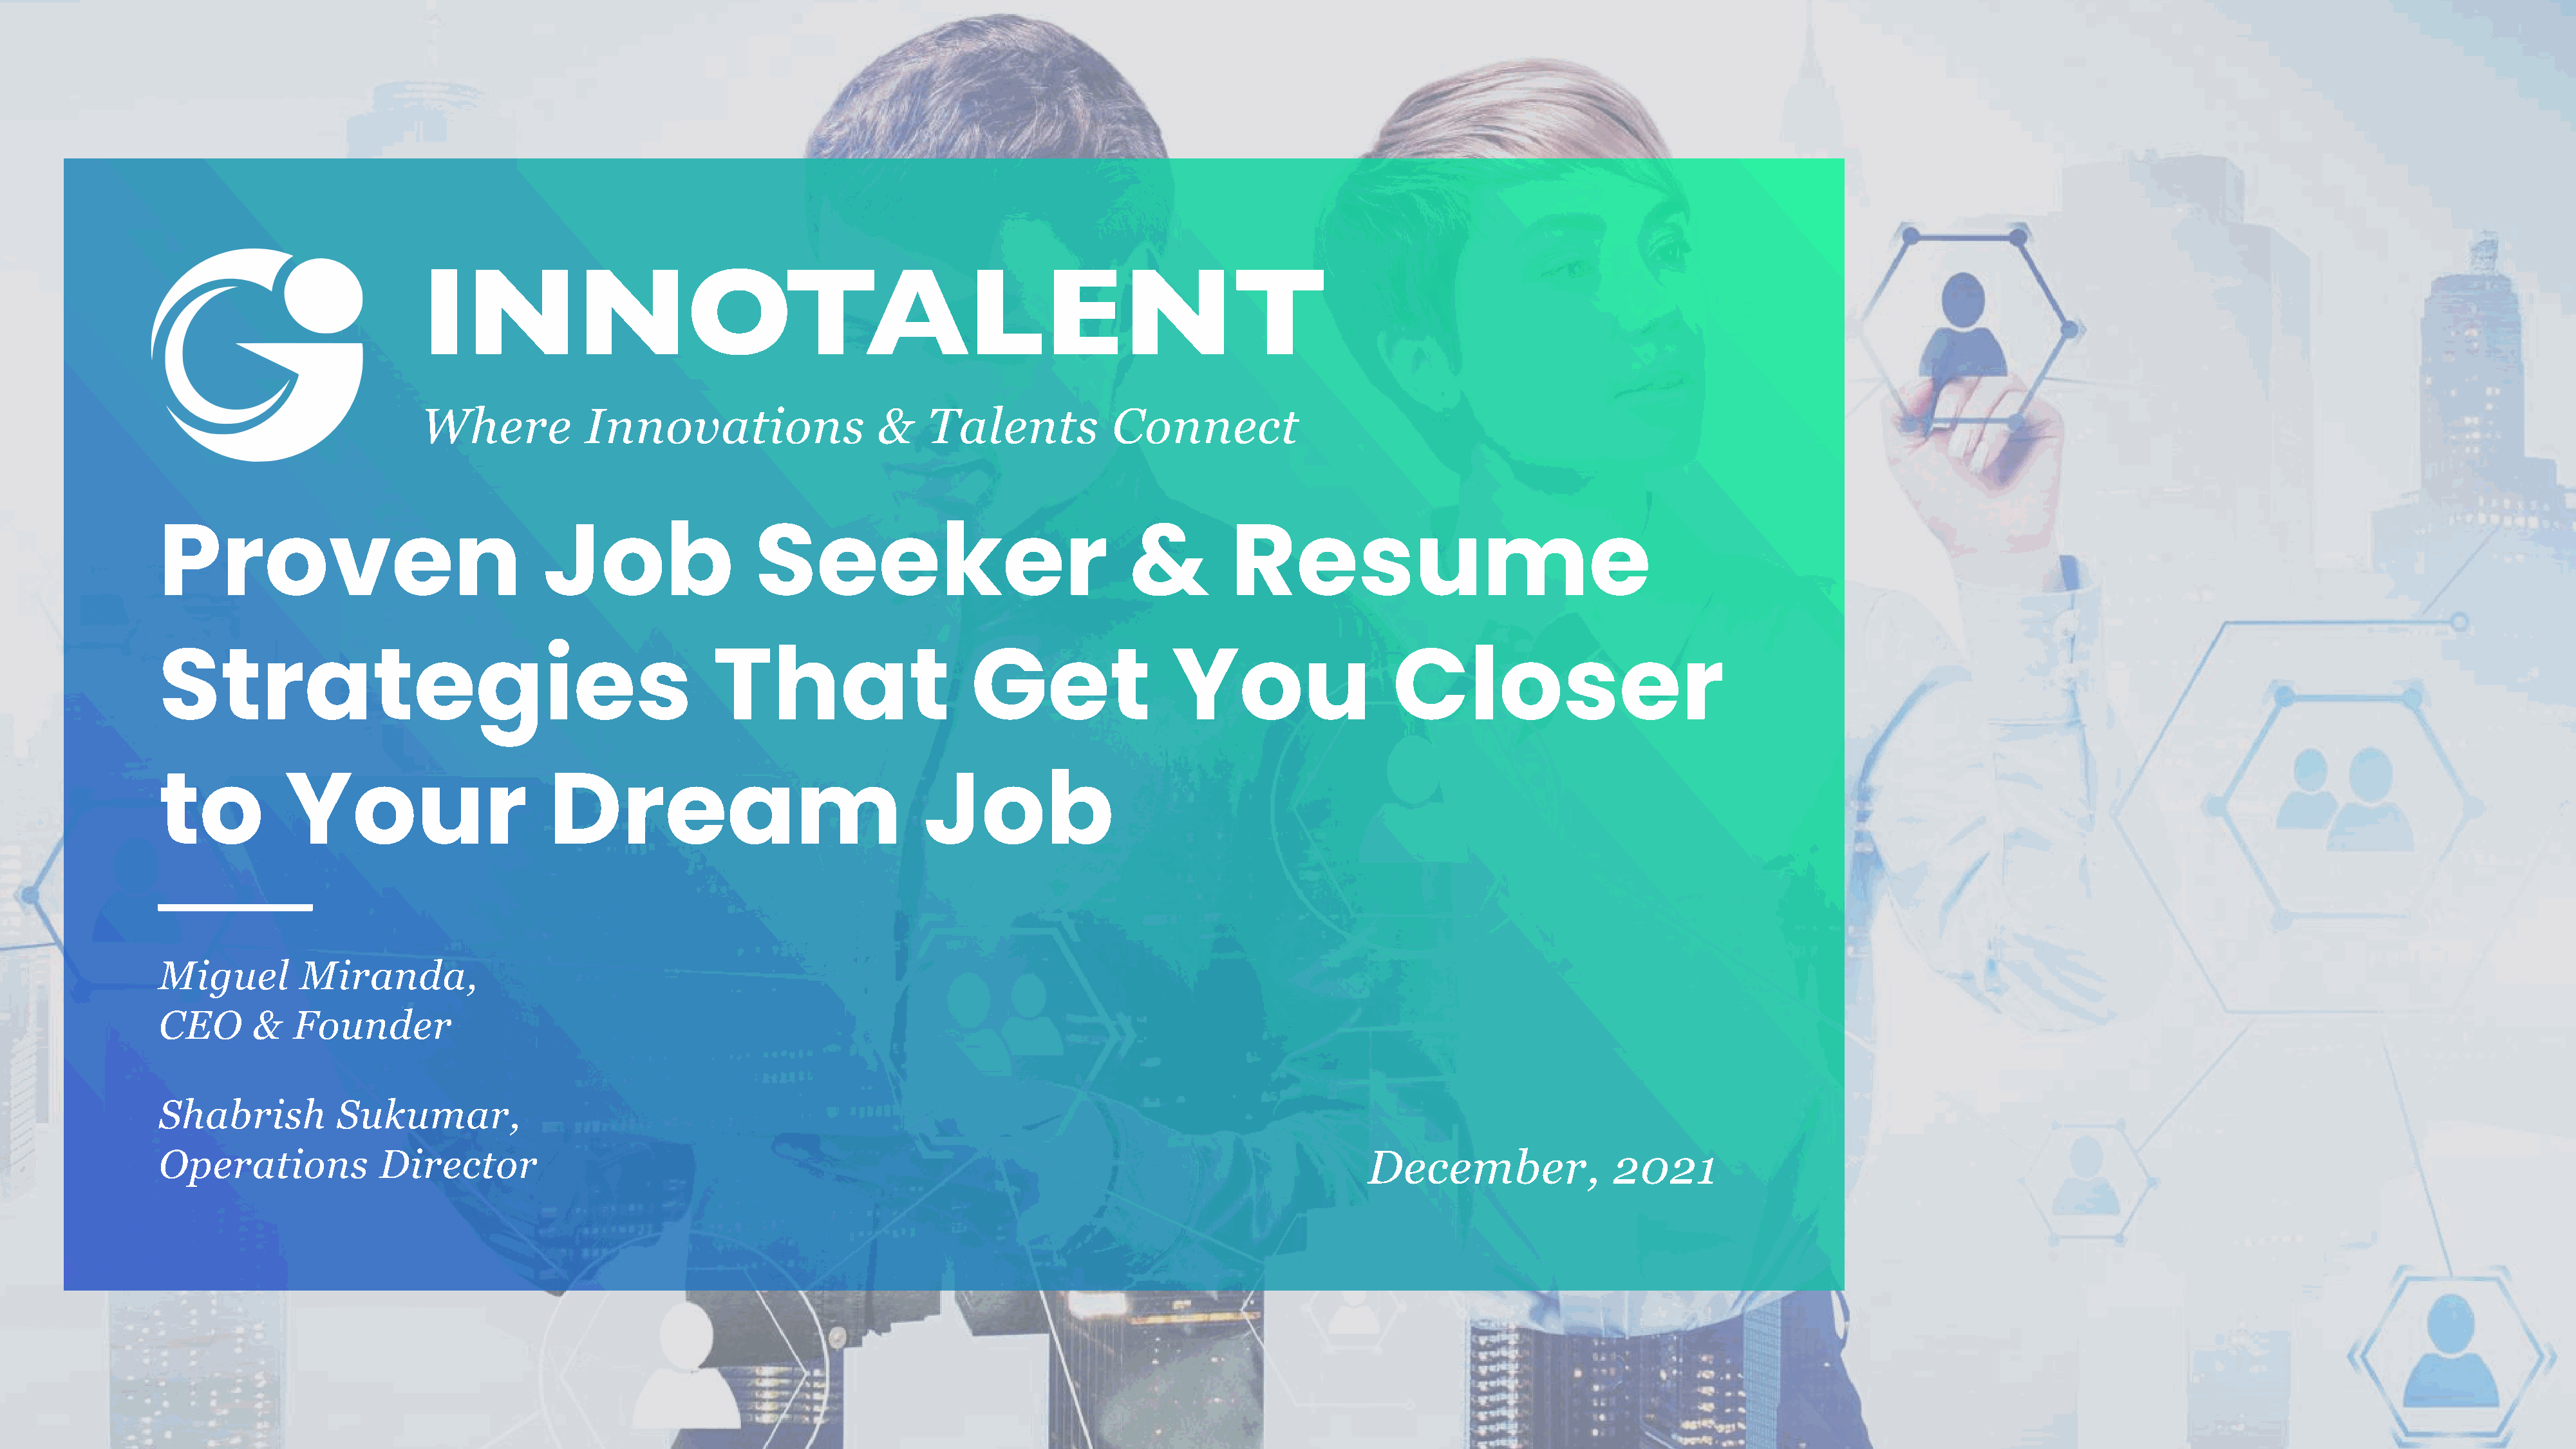
INNOTALENT
 Where            Innovations                   &    Talents            Connect
 Proven                                  Job                   Seeker                                &          Resume
 Strategies                                               That                       Get                 You                    Closer
 to           Your                       Dream                                  Job
 Miguel         Miranda,
 CEO       &   Founder
 Shabrish           Sukumar,
 Operations             Director                                                                                              December,                2021